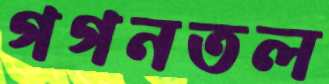
গগনতল